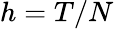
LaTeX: h=T/N